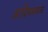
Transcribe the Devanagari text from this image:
आदिमसमाज